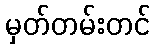
မှတ်တမ်းတင်